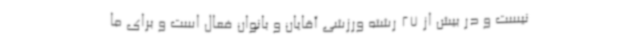
نیست و در بیش از 27 رشته ورزشی آقایان و بانوان فعال است و برای ما